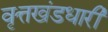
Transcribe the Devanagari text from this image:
वृत्तखंडधारी